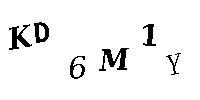
KD6M1Y